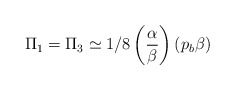
\begin{align*}\Pi_1 = \Pi_3 \simeq 1/8 \left( \alpha \over \beta \right) \left( p_b \beta \right)\end{align*}